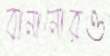
বানানোরও